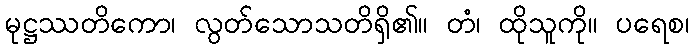
မုဋ္ဌဿတိကော၊ လွတ်သောသတိရှိ၏။ တံ၊ ထိုသူကို။ ပရေစ၊